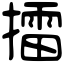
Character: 擂